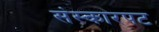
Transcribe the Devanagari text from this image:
संस्कारपट